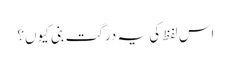
اس لفظ کی یہ درگت بنی کیوں؟